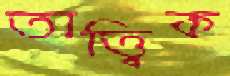
তাত্ত্বিক